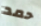
حمد